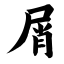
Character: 屑